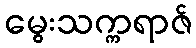
မွေးသက္ကရာဇ်